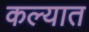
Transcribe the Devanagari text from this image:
कल्यात